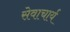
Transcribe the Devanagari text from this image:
सेवाचार्य